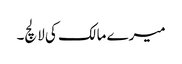
میرے مالک کی لالچ۔